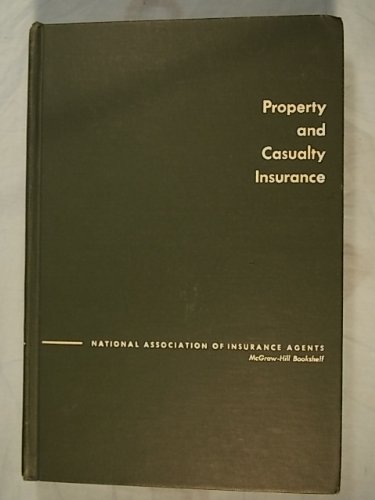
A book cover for Property and Casualty Insurance; Curtis M. Elliott; Business & Money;